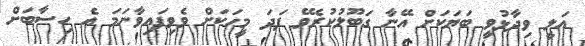
އަލީ ވިދާޅުވީ ބަޔަކަށް އޭނާ ގަބޫލުކުރެވޭ ފަދަ މީހަކަށް ވެވިފައިވާނަމަ އެ ހިސާބަށް